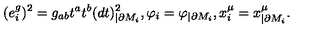
( e _ { i } ^ { g } ) ^ { 2 } = g _ { a b } t ^ { a } t ^ { b } ( d t ) _ { | \partial M _ { i } } ^ { 2 } , \varphi _ { i } = \varphi _ { | \partial M _ { i } } , x _ { i } ^ { \mu } = x _ { | \partial M _ { i } } ^ { \mu } .